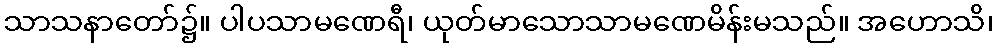
သာသနာတော်၌။ ပါပသာမဏေရီ၊ ယုတ်မာသောသာမဏေမိန်းမသည်။ အဟောသိ၊